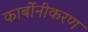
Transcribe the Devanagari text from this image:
कार्बोनीकरण